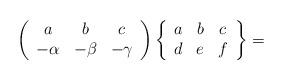
LaTeX: \begin{align*}\left(\begin{array}[c]{ccc}a & b & c\\-\alpha & -\beta & -\gamma\end{array}\right) \left\{\begin{array}[c]{ccc}a & b & c\\d & e & f\end{array}\right\} =\end{align*}